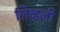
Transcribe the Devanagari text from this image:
लिव्हली